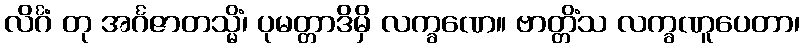
လိင်္ဂံ တု အင်္ဂဇာတသ္မိံ၊ ပုမတ္တာဒိမှိ လက္ခဏေ။ ဗာတ္တိံသ လက္ခဏူပေတာ၊